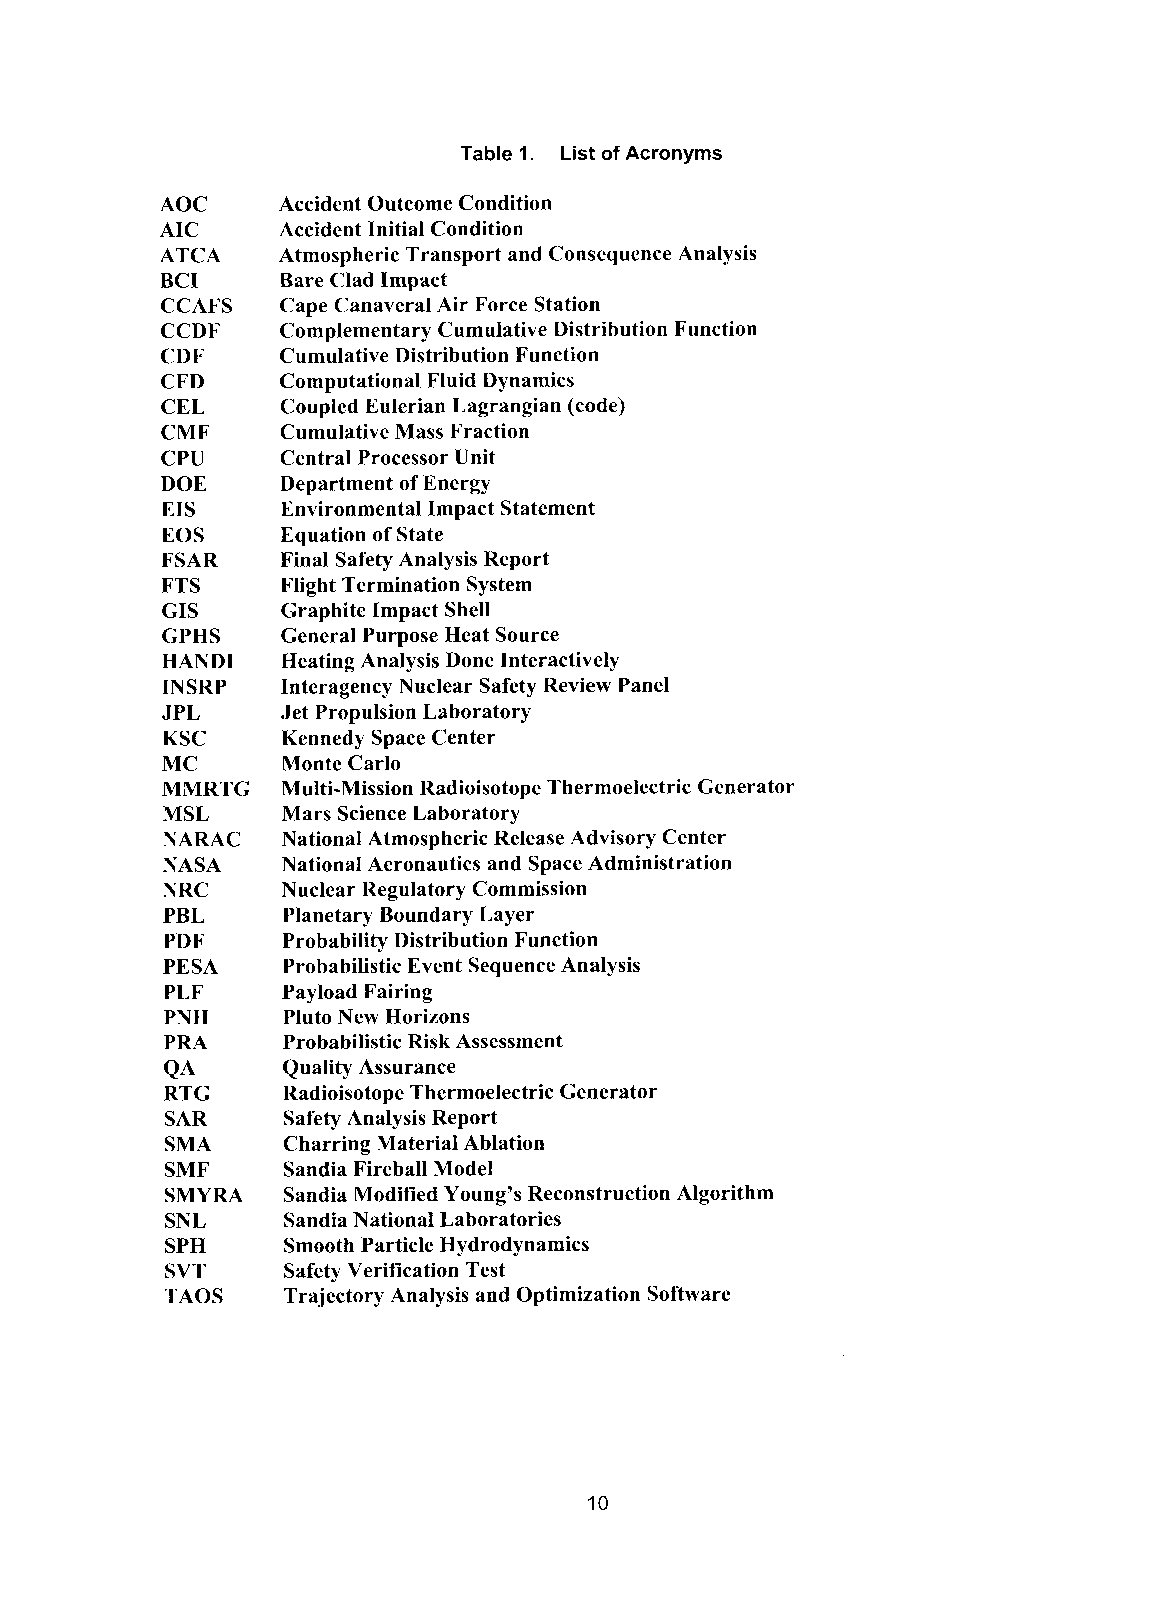
Table 1. List of Acronyms
 AOC     Accident Outcome Condition
 AIC     Accident Initial Condition
 ATCA    Atmospheric Transport and Consequence Analysis
 BCI     Bare Clad Impact
 CCAFS   Cape Canaveral Air Force Station
 CCDF    Complementary Cumulative Distribution Function
 CDF     Cumulative Distribution Function
 CFD     Computational Fluid Dynamics
 CEL     Coupled Eulerian Lagrangian (code)
 CMF     Cumulative Mass Fraction
 CPU     Central Processor Unit
 DOE     Department of Energy
 EIS     Environmental Impact Statement
 EOS     Equation of State
 FSAR    Final Safety Analysis Report
 FTS     Flight Termination System
 CIS     Graphite Impact Shell
 GPHS    General Purpose Heat Source
 HAND1   Heating Analysis Done Interactively
 INSRP   Interagency Nuclear Safety Review Panel
 JPL     Jet Propulsion Laboratory
 KSC     Kennedy Space Center
 MC      Monte Carlo
 MMRTG   Multi-Mission Radioisotope Thermoelectric Generator
 MSL     Mars Science Laboratory
 NARAC   National Atmospheric Release Advisory Center
 NASA    National Aeronautics and Space Administration
 NRC     Nuclear Regulatory Commission
 PBL     Planetary Boundary Layer
 PDF     Probability Distribution Function
 PESA    Probabilistic Event Sequence Analysis
 PLF     Payload Fairing
 PNH     Pluto New Horizons
 PRA     Probabilistic Risk Assessment
 QA      Quality Assurance
 RTG     Radioisotope Thermoelectric Generator
 SAR     Safety Analysis Report
 SMA     Charring Material Ablation
 SMF     Sandia Fireball Model
 SMYRA   Sandia Modified Young’s Reconstruction Algorithm
 SNL     Sandia National Laboratories
 SPH     Smooth Particle Hydrodynamics
 SVT     Safety Verification Test
 TAOS    Trajectory Analysis and Optimization Software
 10